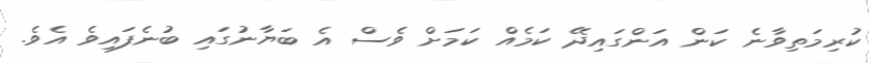
ކުރިމަތިވާނެ ކަން އަންގައިދޭ ކަމެއް ކަމަށް ވެސް އެ ބަޔާނުގައި ބުނެފައިވެ އެވެ.